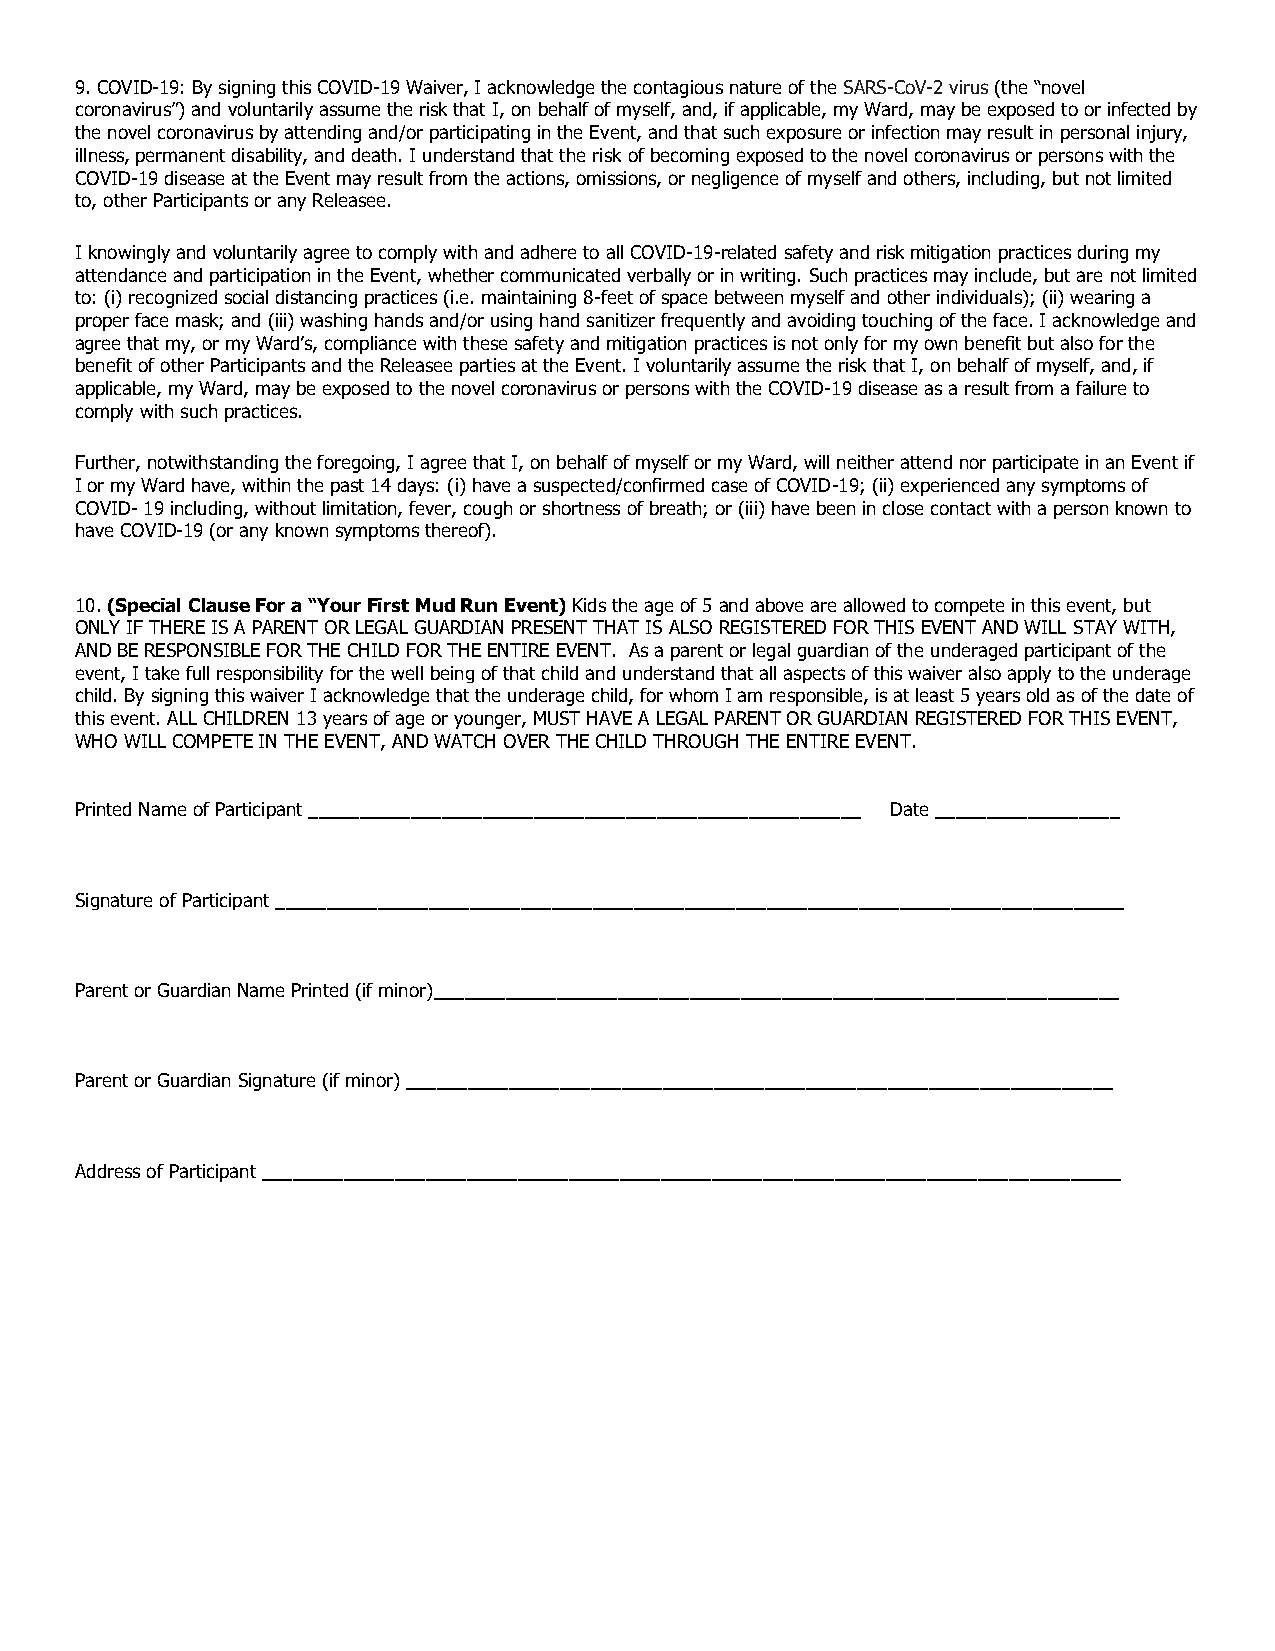
9. COVID-19: By signing this COVID-19 Waiver, I acknowledge the contagious nature of the SARS-CoV-2 virus (the “novel
 coronavirus”) and voluntarily assume the risk that I, on behalf of myself, and, if applicable, my Ward, may be exposed to or infected by
 the novel coronavirus by attending and/or participating in the Event, and that such exposure or infection may result in personal injury,
 illness, permanent disability, and death. I understand that the risk of becoming exposed to the novel coronavirus or persons with the
 COVID-19 disease at the Event may result from the actions, omissions, or negligence of myself and others, including, but not limited
 to, other Participants or any Releasee.
 I knowingly and voluntarily agree to comply with and adhere to all COVID-19-related safety and risk mitigation practices during my
 attendance and participation in the Event, whether communicated verbally or in writing. Such practices may include, but are not limited
 to: (i) recognized social distancing practices (i.e. maintaining 8-feet of space between myself and other individuals); (ii) wearing a
 proper face mask; and (iii) washing hands and/or using hand sanitizer frequently and avoiding touching of the face. I acknowledge and
 agree that my, or my Ward’s, compliance with these safety and mitigation practices is not only for my own benefit but also for the
 benefit of other Participants and the Releasee parties at the Event. I voluntarily assume the risk that I, on behalf of myself, and, if
 applicable, my Ward, may be exposed to the novel coronavirus or persons with the COVID-19 disease as a result from a failure to
 comply with such practices.
 Further, notwithstanding the foregoing, I agree that I, on behalf of myself or my Ward, will neither attend nor participate in an Event if
 I or my Ward have, within the past 14 days: (i) have a suspected/confirmed case of COVID-19; (ii) experienced any symptoms of
 COVID- 19 including, without limitation, fever, cough or shortness of breath; or (iii) have been in close contact with a person known to
 have COVID-19 (or any known symptoms thereof).
 10. (Special Clause For a “Your First Mud Run Event) Kids the age of 5 and above are allowed to compete in this event, but
 ONLY IF THERE IS A PARENT OR LEGAL GUARDIAN PRESENT THAT IS ALSO REGISTERED FOR THIS EVENT AND WILL STAY WITH,
 AND BE RESPONSIBLE FOR THE CHILD FOR THE ENTIRE EVENT. As a parent or legal guardian of the underaged participant of the
 event, I take full responsibility for the well being of that child and understand that all aspects of this waiver also apply to the underage
 child. By signing this waiver I acknowledge that the underage child, for whom I am responsible, is at least 5 years old as of the date of
 this event. ALL CHILDREN 13 years of age or younger, MUST HAVE A LEGAL PARENT OR GUARDIAN REGISTERED FOR THIS EVENT,
 WHO WILL COMPETE IN THE EVENT, AND WATCH OVER THE CHILD THROUGH THE ENTIRE EVENT.
 Printed Name of Participant ______________________________________________________ Date __________________
 Signature of Participant ___________________________________________________________________________________
 Parent or Guardian Name Printed (if minor)___________________________________________________________________
 Parent or Guardian Signature (if minor) _____________________________________________________________________
 Address of Participant ____________________________________________________________________________________